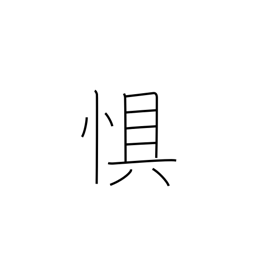
Meaning: dread